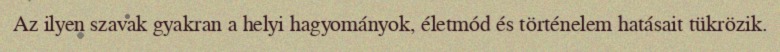
Az ilyen szavak gyakran a helyi hagyományok, életmód és történelem hatásait tükrözik.